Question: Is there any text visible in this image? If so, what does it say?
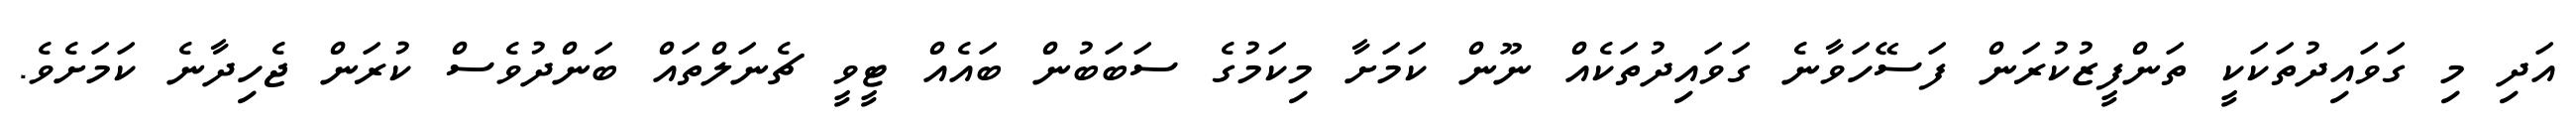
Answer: އަދި މި ގަވައިދުތަކަކީ ތަންފީޒުކުރަން ފަސޭހަވާނެ ގަވައިދުތަކެއް ނޫން ކަމަށާ މިކަމުގެ ސަބަބުން ބައެއް ޓީވީ ޗެނަލްތައް ބަންދުވެސް ކުރަން ޖެހިދާނެ ކަމަށެވެ.